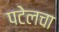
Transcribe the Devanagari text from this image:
पटेलचा